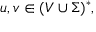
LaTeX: u , v \in ( V \cup \Sigma ) ^ { * } ,